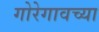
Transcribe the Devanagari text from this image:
गोरेगावच्या